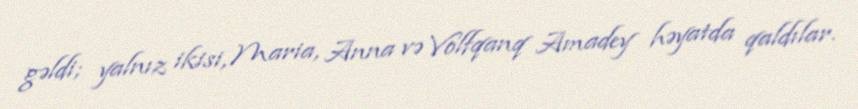
gəldi; yalnız ikisi, Maria, Anna və Volfqanq Amadey həyatda qaldılar.